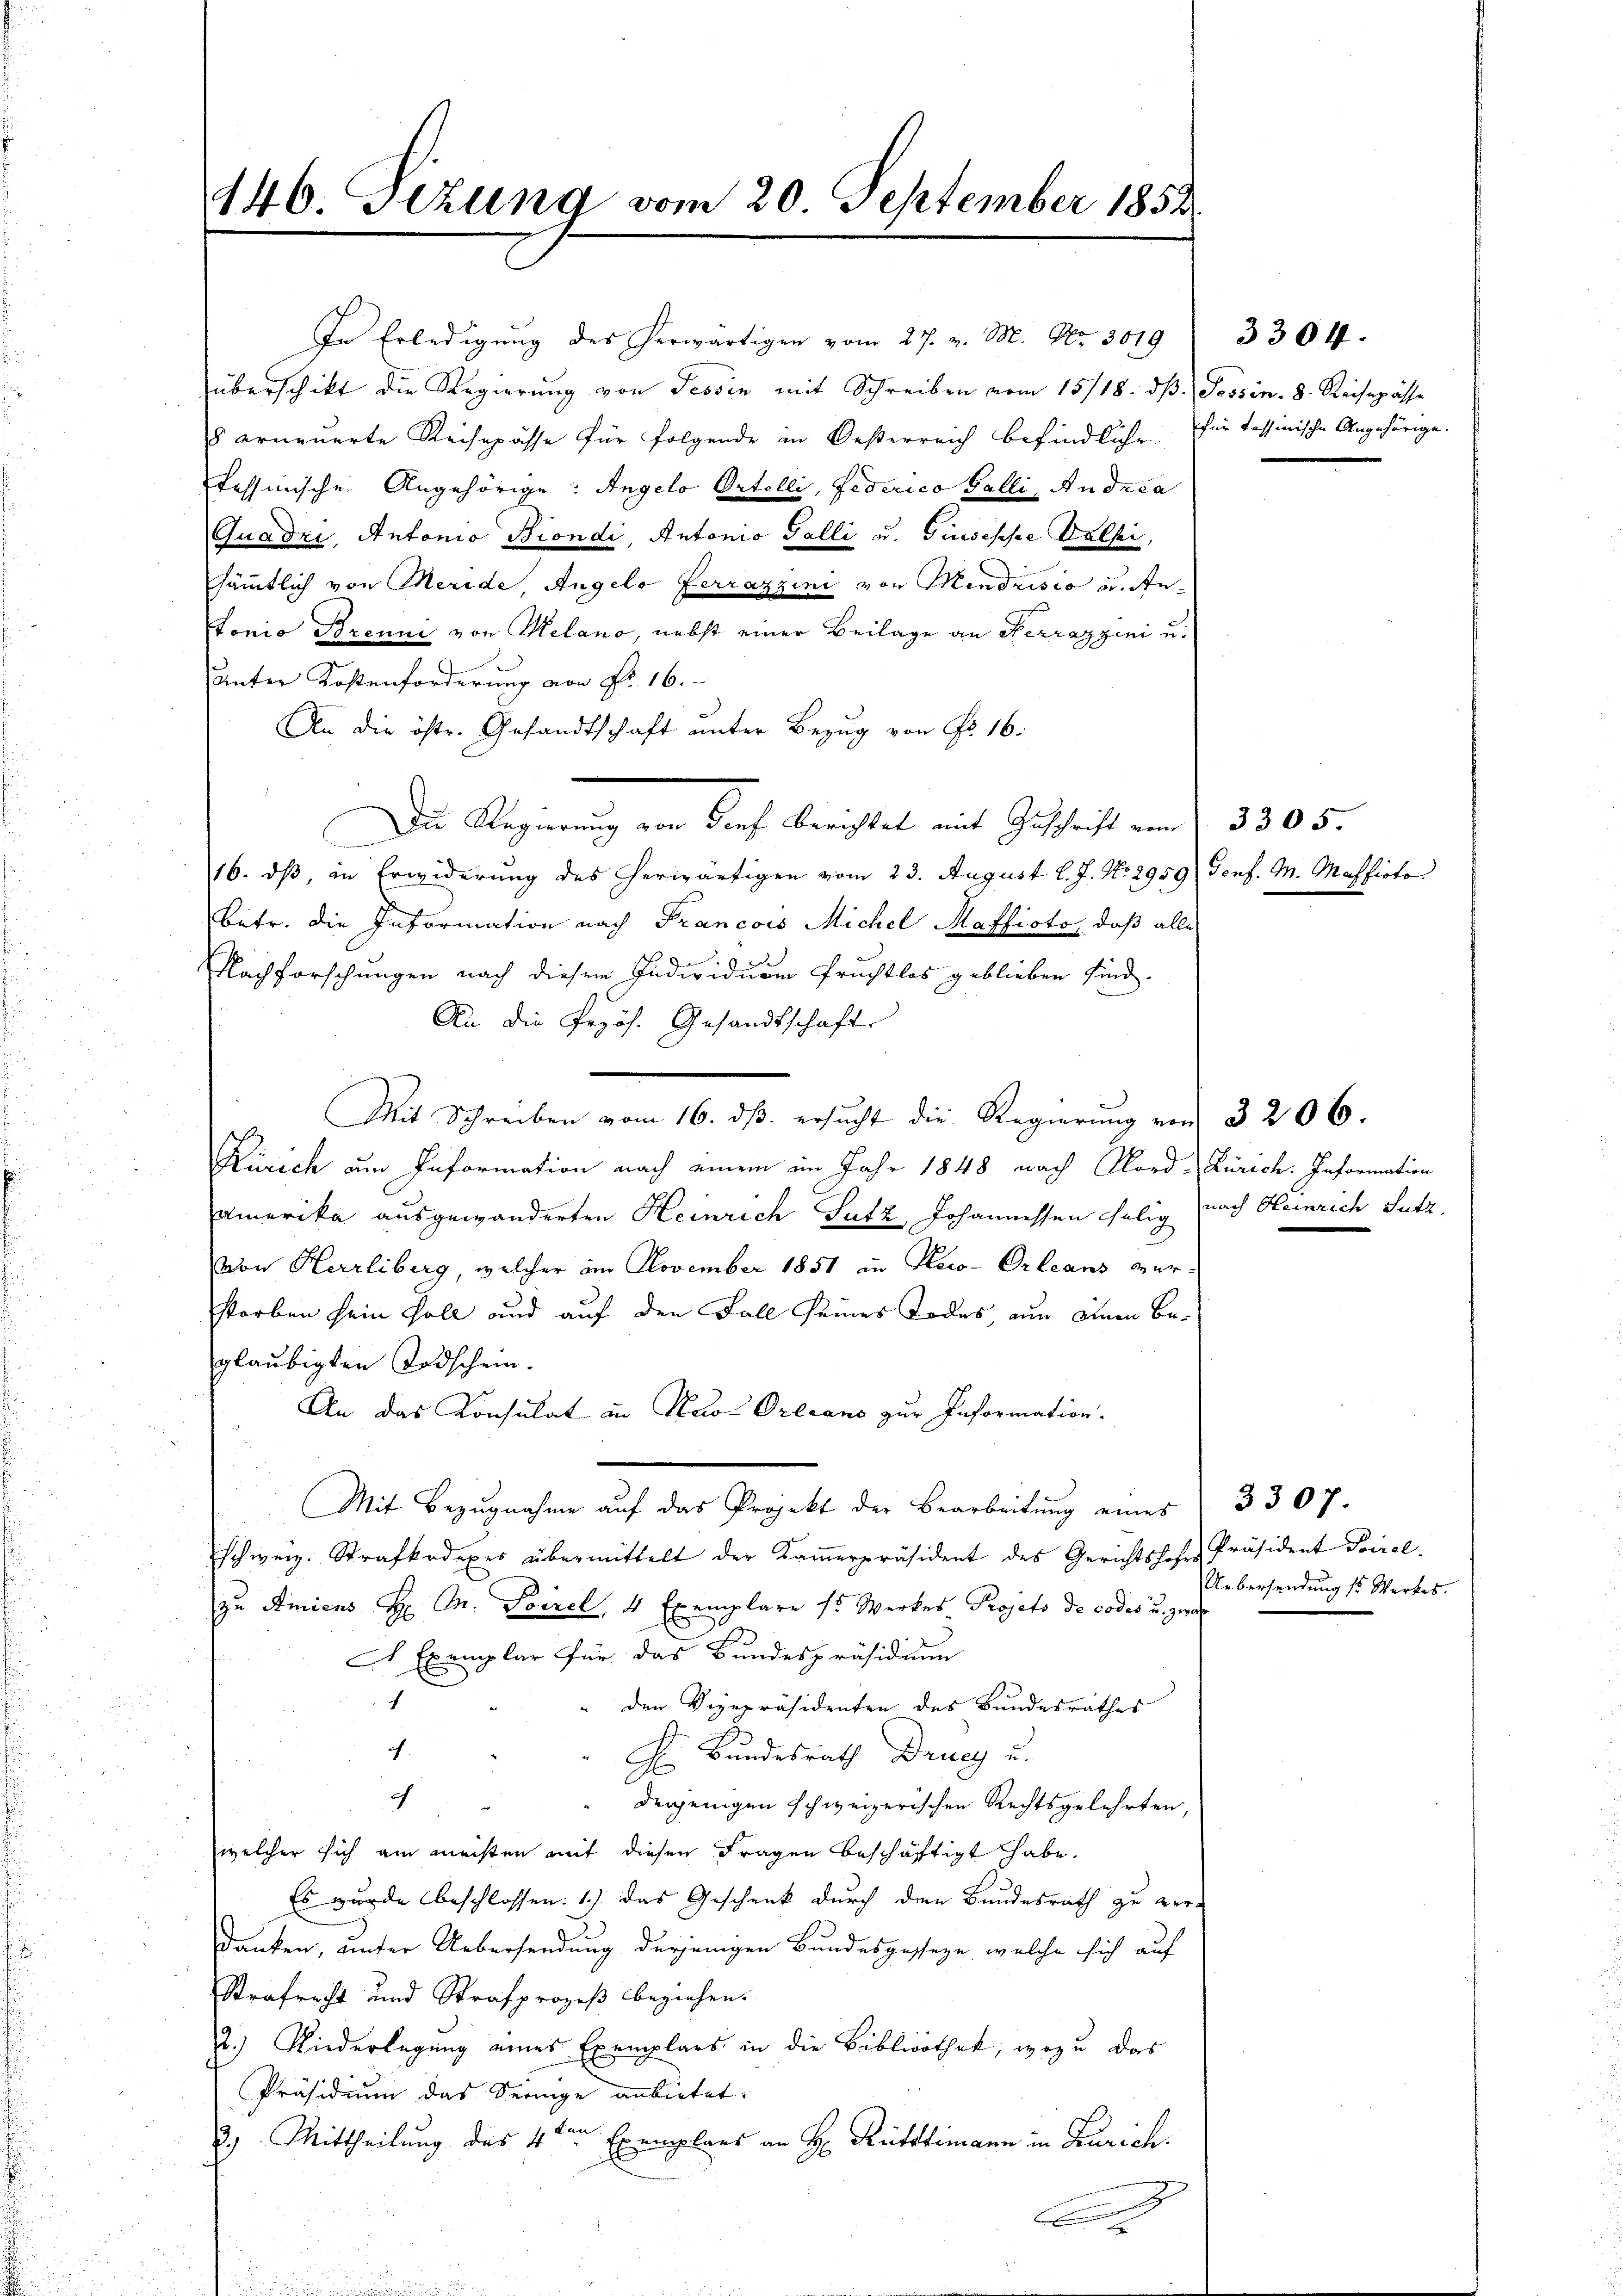
440. Jezung vom 20. September 1852.

überschikt die Regierung von Tessin mit Schreiben vom 15/18. dβ.
8 erneuerte Reisepässe für folgende in Oesterreich befindliche für tessinische Angehörige.
fessinische Angehörige: Angelo Ortelli, Federico Galli, Andrea
Quadri, Antonio Biondi, Antonio Galli u. Giusepse Kalser,
sämmtlich von Meride, Angelo ferrazzini von Mendrisio u. An¬
Lonio Brenni von Melano, nebst einer Beilage an Herrazzini u.
Unter Kostenforderung von Nr. 16.
An die öste. Gesandtschaft unter Bezug von No 16.
Die Regierung von Kirch, berichtet mit Geschrift von
16. dβ, in Erwiderung des herwärtigen vom 23. August l. J. No. 2959 Genf. M. Masficto
betr. die Information nach Francois Michel Haffioto, daß alle
Nachforschungen nach diesem Individuum Fruchtlos geblieben sind.
An die Przös. Gesandtschaft.
Mit Schreiben vom 16. dβ ersŭcht die Regierung von 3206.
Zürich am Information nach einem im Jahr 1848 nach Nord-Zürich. Information
amerika ausgewanderten Heinrich Sutz Johannessen selig nach Heinrich Sutz,
von Herrliberg, welcher im November 1851 in Reco-Orleans verstorben sein Voll und auf den Fall seines Todes, nun einen Beglaubigten Todschein.
An das Consulat in Karl Orleans zur Information.
Mit Bezugnahme aŭf das Projekt der Bearbeitŭng eines  3307.
schweiz. Strafkodexes übermittelt der Kaṁerpräsident des Gerichtshofe Präsident Poirel.
zu Amiens H. Mn. Toirel, 4 Exemplare ss Werkes Projets de codes u. zwar
2 Exemplar für das Bundespräsidium
1
" den Vizepräsidenten des Bundesrathes
.
H. Bundesrath Drucy u.
c
derjenigen schweizerischen Rechtsgelehrten,
welcher sich am meisten mit diesen Fragen beschäftigt habe.
Es wurde beschlossen: 1) das Geschenk durch den Bundesrath zu ver-
danken, unter Uebersendung derjenigen Bundesgeseze, welche sich auf
Strafrecht und Strafprozeß beziehen.
2.) Niederlegung eines Exemplars in die Bibliothek, wozu das
Präsidium das Seenge anbietet.
kan.
2. Mittheilung des 4ten Exemplars an H. Rüttimann in Zürich.

In Erledigung des herwärtigen vom 27. v. M. Nr. 3019

Possin. 8. Reisepässe

3305.

3304.

Uebersendung ss Werkes.